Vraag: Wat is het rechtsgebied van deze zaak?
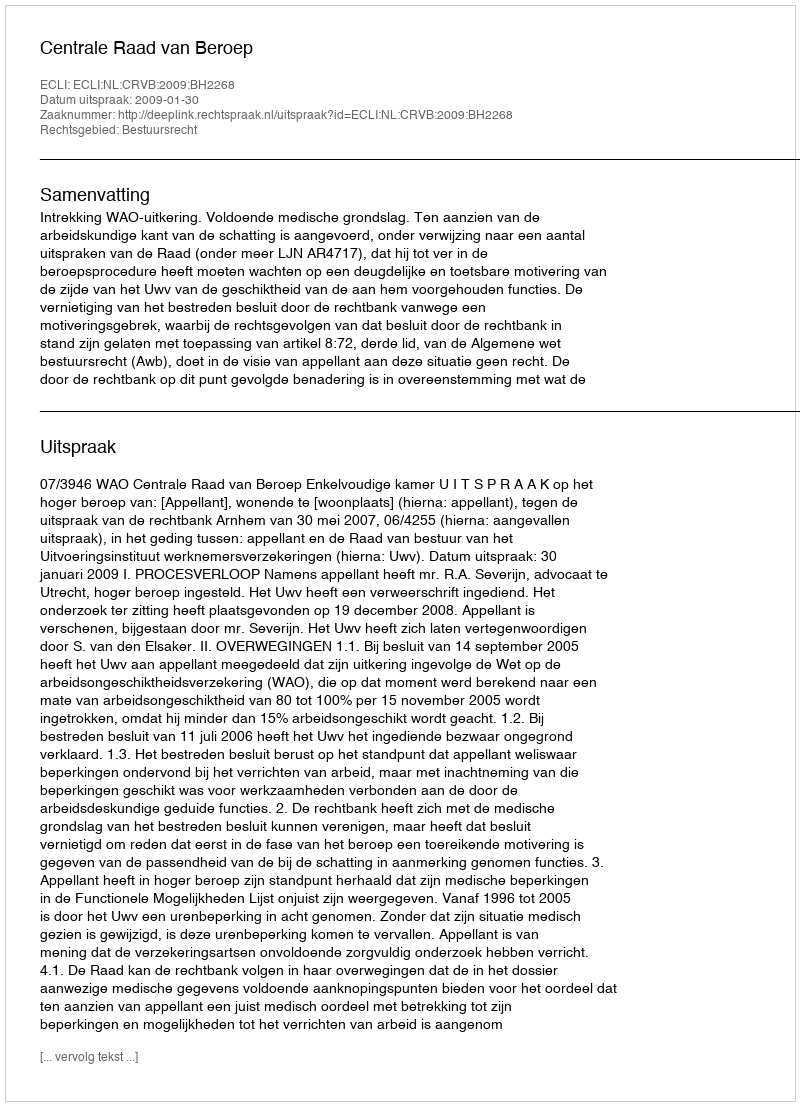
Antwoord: Bestuursrecht